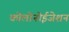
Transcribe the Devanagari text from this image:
कोलोनोईजेशन